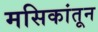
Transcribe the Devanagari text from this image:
मसिकांतून